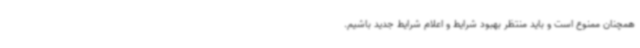
همچنان ممنوع است و باید منتظر بهبود شرایط و اعلام شرایط جدید باشیم.